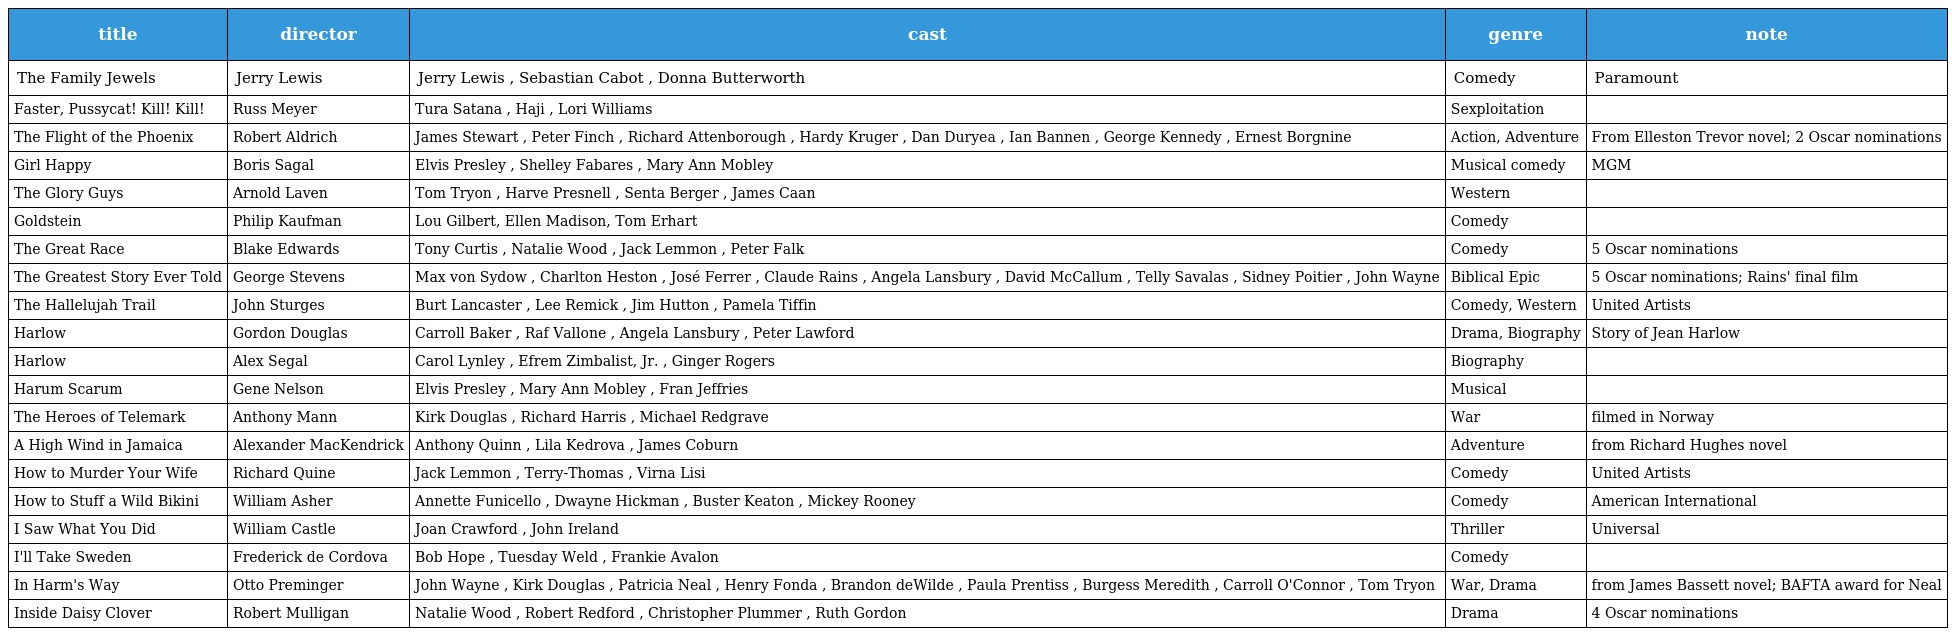
| title | director | cast | genre | note |
 | --- | --- | --- | --- | --- |
 | The Family Jewels | Jerry Lewis | Jerry Lewis , Sebastian Cabot , Donna Butterworth | Comedy | Paramount |
 | Faster, Pussycat! Kill! Kill! | Russ Meyer | Tura Satana , Haji , Lori Williams | Sexploitation |  |
 | The Flight of the Phoenix | Robert Aldrich | James Stewart , Peter Finch , Richard Attenborough , Hardy Kruger , Dan Duryea , Ian Bannen , George Kennedy , Ernest Borgnine | Action, Adventure | From Elleston Trevor novel; 2 Oscar nominations |
 | Girl Happy | Boris Sagal | Elvis Presley , Shelley Fabares , Mary Ann Mobley | Musical comedy | MGM |
 | The Glory Guys | Arnold Laven | Tom Tryon , Harve Presnell , Senta Berger , James Caan | Western |  |
 | Goldstein | Philip Kaufman | Lou Gilbert, Ellen Madison, Tom Erhart | Comedy |  |
 | The Great Race | Blake Edwards | Tony Curtis , Natalie Wood , Jack Lemmon , Peter Falk | Comedy | 5 Oscar nominations |
 | The Greatest Story Ever Told | George Stevens | Max von Sydow , Charlton Heston , José Ferrer , Claude Rains , Angela Lansbury , David McCallum , Telly Savalas , Sidney Poitier , John Wayne | Biblical Epic | 5 Oscar nominations; Rains' final film |
 | The Hallelujah Trail | John Sturges | Burt Lancaster , Lee Remick , Jim Hutton , Pamela Tiffin | Comedy, Western | United Artists |
 | Harlow | Gordon Douglas | Carroll Baker , Raf Vallone , Angela Lansbury , Peter Lawford | Drama, Biography | Story of Jean Harlow |
 | Harlow | Alex Segal | Carol Lynley , Efrem Zimbalist, Jr. , Ginger Rogers | Biography |  |
 | Harum Scarum | Gene Nelson | Elvis Presley , Mary Ann Mobley , Fran Jeffries | Musical |  |
 | The Heroes of Telemark | Anthony Mann | Kirk Douglas , Richard Harris , Michael Redgrave | War | filmed in Norway |
 | A High Wind in Jamaica | Alexander MacKendrick | Anthony Quinn , Lila Kedrova , James Coburn | Adventure | from Richard Hughes novel |
 | How to Murder Your Wife | Richard Quine | Jack Lemmon , Terry-Thomas , Virna Lisi | Comedy | United Artists |
 | How to Stuff a Wild Bikini | William Asher | Annette Funicello , Dwayne Hickman , Buster Keaton , Mickey Rooney | Comedy | American International |
 | I Saw What You Did | William Castle | Joan Crawford , John Ireland | Thriller | Universal |
 | I'll Take Sweden | Frederick de Cordova | Bob Hope , Tuesday Weld , Frankie Avalon | Comedy |  |
 | In Harm's Way | Otto Preminger | John Wayne , Kirk Douglas , Patricia Neal , Henry Fonda , Brandon deWilde , Paula Prentiss , Burgess Meredith , Carroll O'Connor , Tom Tryon | War, Drama | from James Bassett novel; BAFTA award for Neal |
 | Inside Daisy Clover | Robert Mulligan | Natalie Wood , Robert Redford , Christopher Plummer , Ruth Gordon | Drama | 4 Oscar nominations |